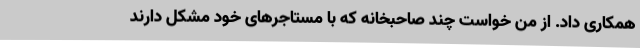
همکاری داد. از من خواست چند صاحبخانه که با مستاجرهای خود مشکل دارند